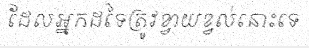
ដែលអ្នកដទៃត្រូវខ្វាយខ្វល់នោះទេ